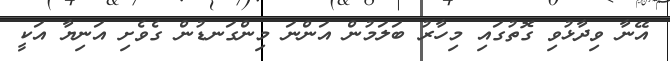
އޭނާ ވިދާޅުވި ގޮތުގައި މިހާރު ބަލަމުން އަންނަ މިންގަނޑުން ގެވެށި އަނިޔާ އަކީ